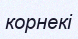
корнекі